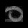
Digit: ၀